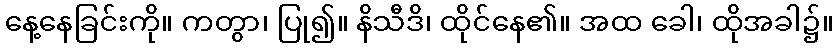
နေ့နေခြင်းကို။ ကတွာ၊ ပြု၍။ နိသီဒိ၊ ထိုင်နေ၏။ အထ ခေါ၊ ထိုအခါ၌။